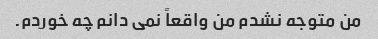
من متوجه نشدم من واقعاً نمی دانم چه خوردم.